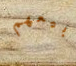
بيعهم